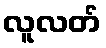
လူလတ်